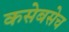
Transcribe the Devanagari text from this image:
कसेबसेच